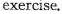
exercise.